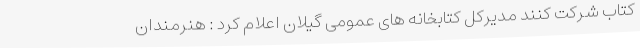
کتاب شرکت کنند مدیرکل کتابخانه های عمومی گیلان اعلام کرد : هنرمندان